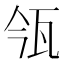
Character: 𤬰